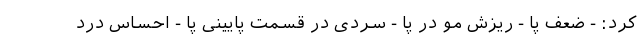
کرد: - ضعف پا - ریزش مو در پا - سردی در قسمت پایینی پا - احساس درد